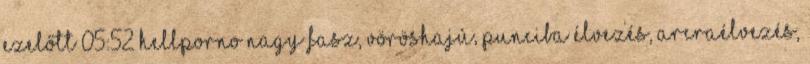
ezelőtt 05:52 HellPorno nagy fasz, vöröshajú, punciba élvezés, arcraélvezés,